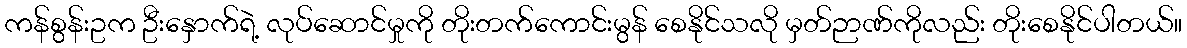
ကန်စွန်းဥက ဦးနှောက်ရဲ့ လုပ်ဆောင်မှုကို တိုးတက်ကောင်းမွန် စေနိုင်သလို မှတ်ဉာဏ်ကိုလည်း တိုးစေနိုင်ပါတယ်။